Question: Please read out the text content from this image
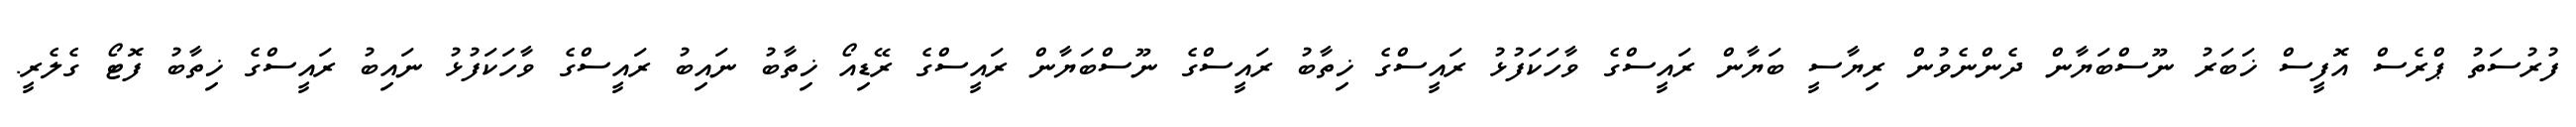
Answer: ފުރުސަތު ޕްރެސް އޮފީސް ޚަބަރު ނޫސްބަޔާން ދެންނެވުން ރިޔާސީ ބަޔާން ރައީސްގެ ވާހަކަފުޅު ރައީސްގެ ޚިތާބު ރައީސްގެ ނޫސްބަޔާން ރައީސްގެ ރޭޑިއޯ ޚިތާބު ނައިބު ރައީސްގެ ވާހަކަފުޅު ނައިބު ރައީސްގެ ޚިތާބު ފޮޓޯ ގެލެރީ.